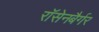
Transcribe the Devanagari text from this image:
रॉसेनबैर्गर